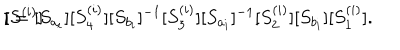
LaTeX: [ \hspace { - 0 . 7 m m } [ S ^ { ( i ) } ] \hspace { - 0 . 7 m m } ] = [ S _ { a _ { i } } ] [ S _ { 4 } ^ { ( i ) } ] [ S _ { b _ { i } } ] ^ { - 1 } [ S _ { 3 } ^ { ( i ) } ] [ S _ { a _ { i } } ] ^ { - 1 } [ S _ { 2 } ^ { ( i ) } ] [ S _ { b _ { i } } ] [ S _ { 1 } ^ { ( i ) } ] .